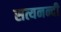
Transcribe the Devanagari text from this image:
सत्यनन्दी